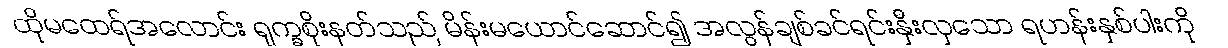
ထိုမထေရ်အလောင်း ရုက္ခစိုးနတ်သည် မိန်းမယောင်ဆောင်၍ အလွန်ချစ်ခင်ရင်းနှီးလှသော ရဟန်းနှစ်ပါးကို